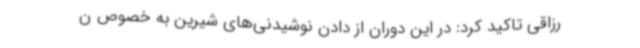
رزاقی تاکید کرد: در این دوران از دادن نوشیدنی‌های شیرین به خصوص ن